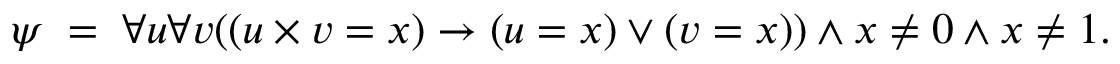
\psi \; = \; \forall u \forall v ( ( u \times v = x ) \rightarrow ( u = x ) \lor ( v = x ) ) \land x \neq 0 \land x \neq 1 .